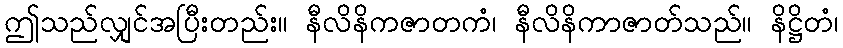
ဤသည်လျှင်အပြီးတည်း။ နီလိနိကဇာတကံ၊ နီလိနိကာဇာတ်သည်။ နိဋ္ဌိတံ၊